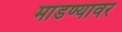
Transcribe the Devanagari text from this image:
मांडण्यावर